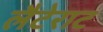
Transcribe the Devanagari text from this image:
लैटेराट